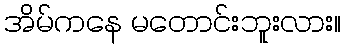
အိမ်ကနေ မတောင်းဘူးလား။